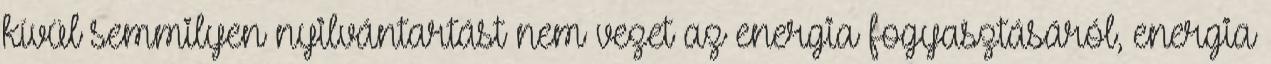
kívül semmilyen nyilvántartást nem vezet az energia fogyasztásáról, energia